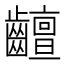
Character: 𪙵